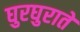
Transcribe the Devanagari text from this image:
घुरघुराते